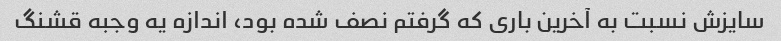
سایزش نسبت به آخرین باری که گرفتم نصف شده بود، اندازه یه وجبه قشنگ